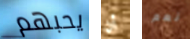
يحبهم أن نعم